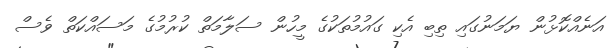
އަނެއްކޮޅުން ޔަމަނުގައި ތިބި އެކި ގައުމުތަކުގެ މީހުން ސަލާމަތް ކުރުމުގެ މަސައްކަތް ވެސް